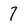
Character: 7